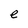
Character: e